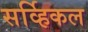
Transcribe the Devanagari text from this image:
सर्व्हिकल